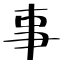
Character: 事